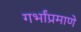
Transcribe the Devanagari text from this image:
गर्भांप्रमाणे